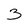
Character: 3